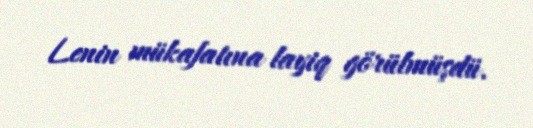
Lenin mükafatına layiq görülmüşdü.